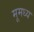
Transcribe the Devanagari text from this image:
मूमध्य